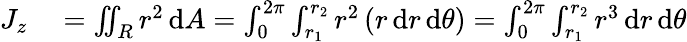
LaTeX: \begin{array}{rl}{J_{z}}&{{}=\iint_{R}r^{2}\, \mathrm{d}A=\int_{0}^{2\pi}\int_{r_{1}}^{r_{2}}r^{2}\left(r\, \mathrm{d}r\, \mathrm{d}\theta\right)=\int_{0}^{2\pi}\int_{r_{1}}^{r_{2}}r^{3}\, \mathrm{d}r\, \mathrm{d}\theta}\end{array}